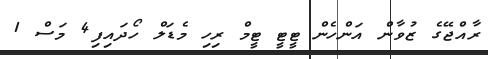
ރާއްޖޭގެ ޒުވާން އަންހެން ޓީޓީ ޓީމް ރިހި މެޑަލް ހޯދައިފި4 މަސް 1